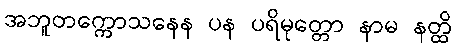
အဘူတက္ကောသနေန ပန ပရိမုတ္တော နာမ နတ္ထိ